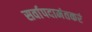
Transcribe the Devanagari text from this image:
सर्वापदामंतकरं